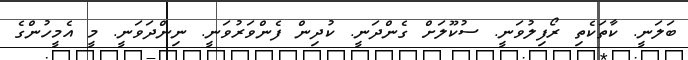
ބަލަނީ. ކާތަކެތި ރޯފިލުވަނީ. ސުކޫލަށް ގެންދަނީ. ކުދިން ފެންވަރުވަނީ. ނިންދަވަނީ. މީ އެމީހުންގެ